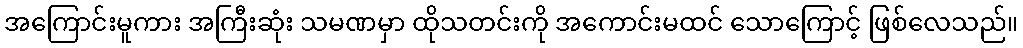
အကြောင်းမူကား အကြီးဆုံး သမဏမှာ ထိုသတင်းကို အကောင်းမထင် သောကြောင့် ဖြစ်လေသည်။